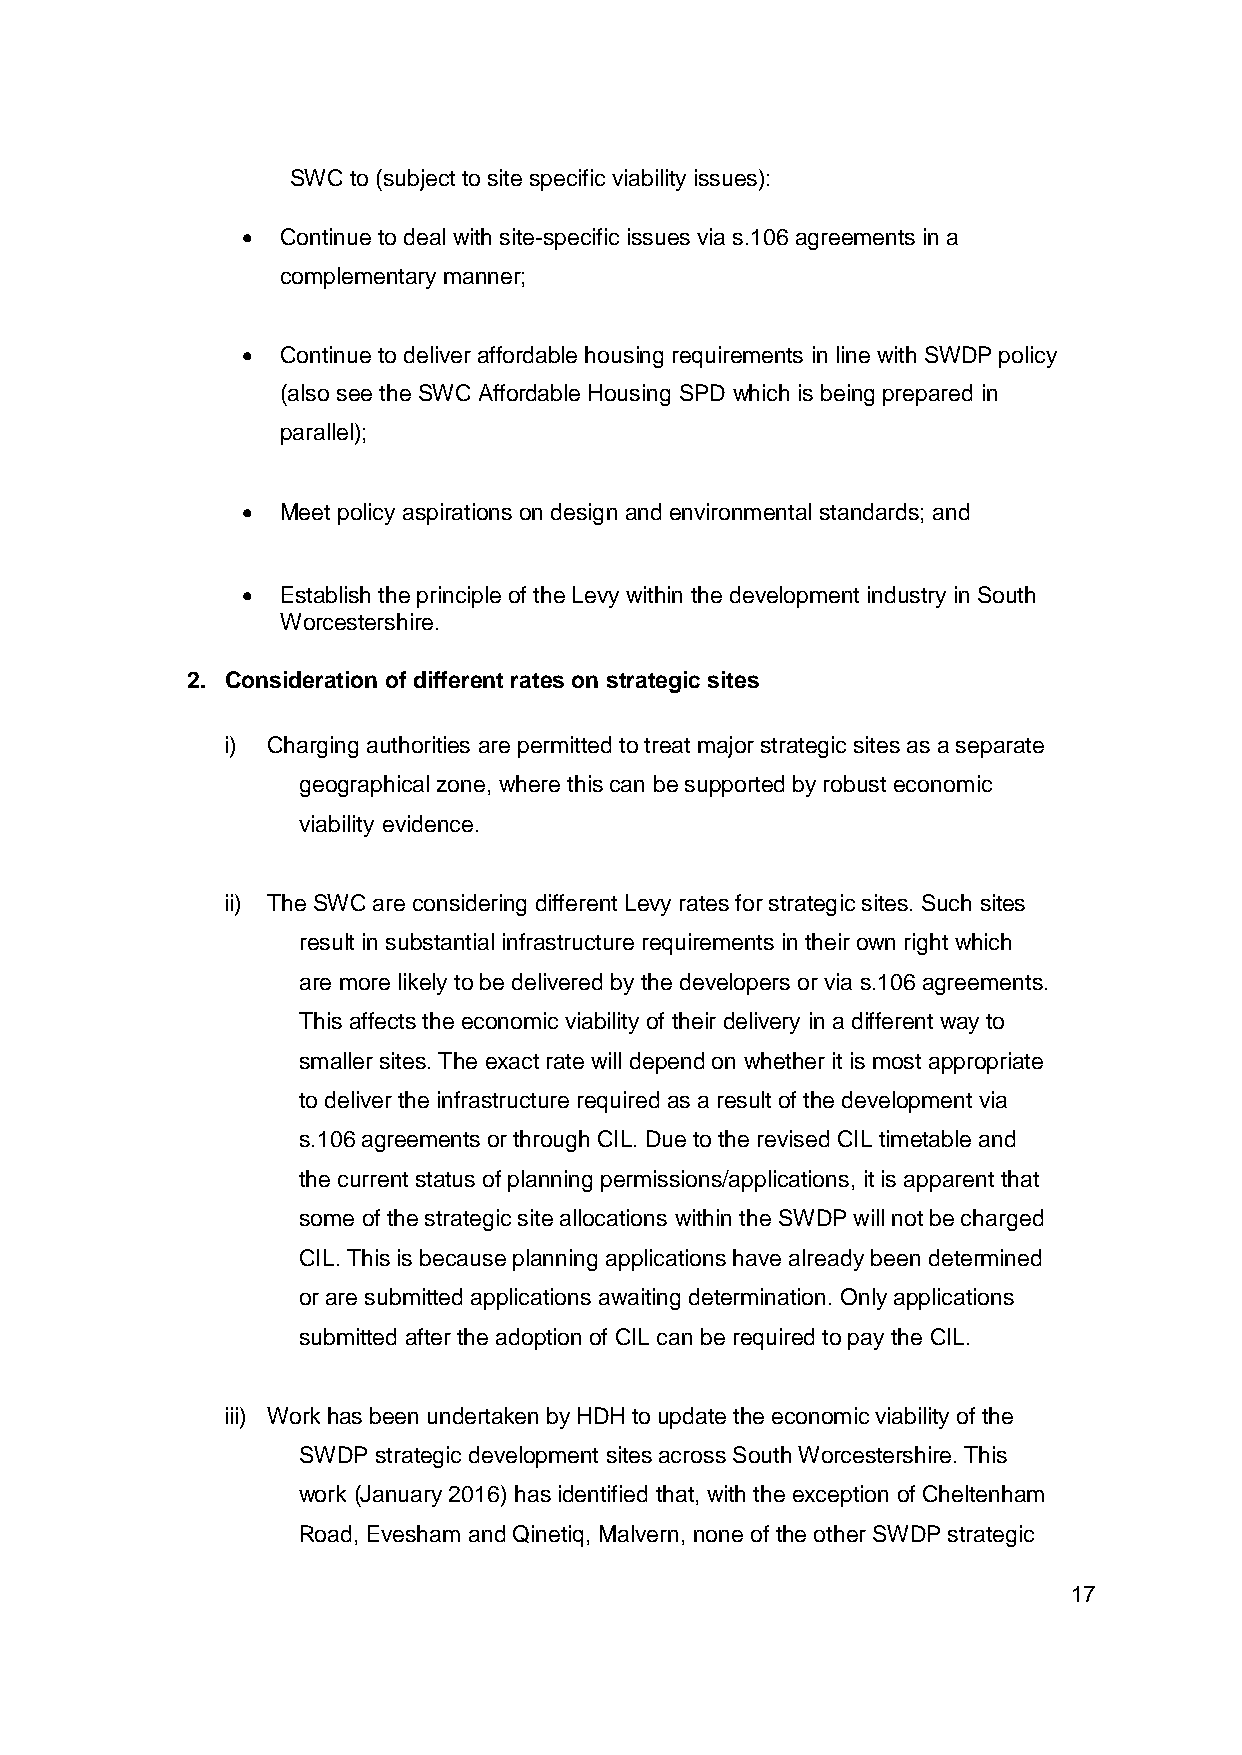
SWC to (subject to site specific viability issues):
   Continue to deal with site-specific issues via s.106 agreements in a
 complementary manner;
   Continue to deliver affordable housing requirements in line with SWDP policy
 (also see the SWC Affordable Housing SPD which is being prepared in
 parallel);
   Meet policy aspirations on design and environmental standards; and
   Establish the principle of the Levy within the development industry in South
 Worcestershire.
 2. Consideration of different rates on strategic sites
 i) Charging authorities are permitted to treat major strategic sites as a separate
 geographical zone, where this can be supported by robust economic
 viability evidence.
 ii) The SWC are considering different Levy rates for strategic sites. Such sites
 result in substantial infrastructure requirements in their own right which
 are more likely to be delivered by the developers or via s.106 agreements.
 This affects the economic viability of their delivery in a different way to
 smaller sites. The exact rate will depend on whether it is most appropriate
 to deliver the infrastructure required as a result of the development via
 s.106 agreements or through CIL. Due to the revised CIL timetable and
 the current status of planning permissions/applications, it is apparent that
 some of the strategic site allocations within the SWDP will not be charged
 CIL. This is because planning applications have already been determined
 or are submitted applications awaiting determination. Only applications
 submitted after the adoption of CIL can be required to pay the CIL.
 iii) Work has been undertaken by HDH to update the economic viability of the
 SWDP strategic development sites across South Worcestershire. This
 work (January 2016) has identified that, with the exception of Cheltenham
 Road, Evesham and Qinetiq, Malvern, none of the other SWDP strategic
 17